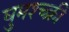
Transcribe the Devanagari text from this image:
घुमश्च्क्री